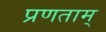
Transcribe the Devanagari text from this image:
प्रणताम्